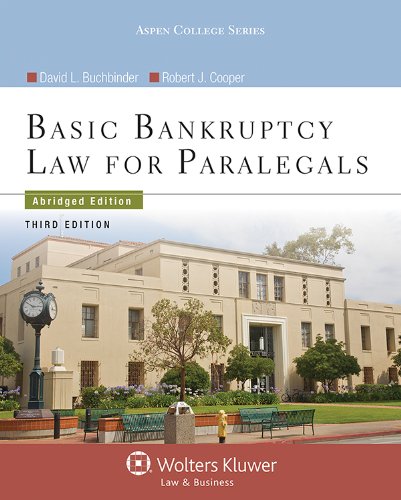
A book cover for Basic Bankruptcy Law for Paralegals, Third Edition; David L. Buchbinder; Law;